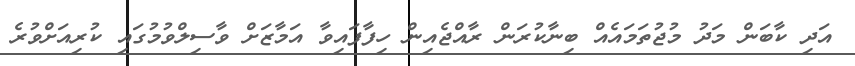
އަދި ކާބަން މަދު މުޖުތަމައެއް ބިނާކުރަން ރާއްޖެއިން ހިފާފައިވާ އަމާޒަށް ވާސިލްވުމުގައި ކުރިއަށްވުރެ